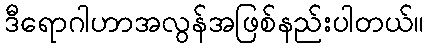
ဒီရောဂါဟာအလွန်အဖြစ်နည်းပါတယ်။